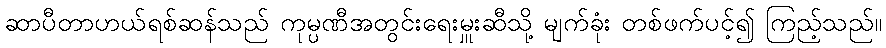
ဆာပီတာဟယ်ရစ်ဆန်သည် ကုမ္ပဏီအတွင်းရေးမှူးဆီသို့ မျက်ခုံး တစ်ဖက်ပင့်၍ ကြည့်သည်။